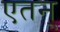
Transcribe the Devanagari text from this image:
एतन्‌